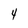
Character: 4